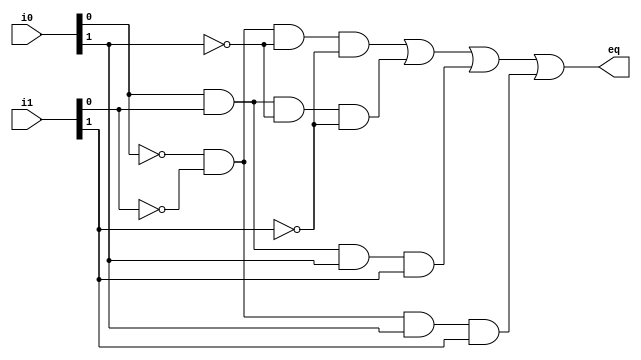
module equalto
(
    input  wire[1:0] i0, i1,			// a adn b are the two 2-bit numbers to compare
    output wire eq        
    );
    
     wire p0, p1,p2,p3;
     
     assign eq = p0|p1|p2|p3; // p0+p1+p2p3
     
//the output for the equal to comparator coming from the karnuagh map ( i0[0] = A0, i0[1]=A1, i1[0]=B0, i1[1]=B1)
     assign p0= (!i0[0]&!i1[0]&!i0[1]&!i1[1]); // !A0!B0!A1!B1
     assign p1= (i0[0]&i1[0]&!i0[1]&!i1[1]);// A0!B0!A1!B1
     assign p2= (i0[0]&i1[0]&i0[1]&i1[1]);// A0B0A1B1
     assign p3= (!i0[0]&!i1[0]&i0[1]&i1[1]);// !A0!B0A1B1
     
     
     
    
endmodule